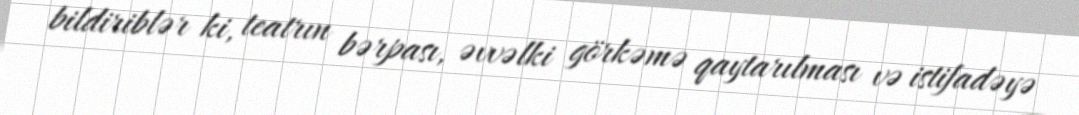
bildiriblər ki, teatrın bərpası, əvvəlki görkəmə qaytarılması və istifadəyə